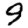
Digit: 9